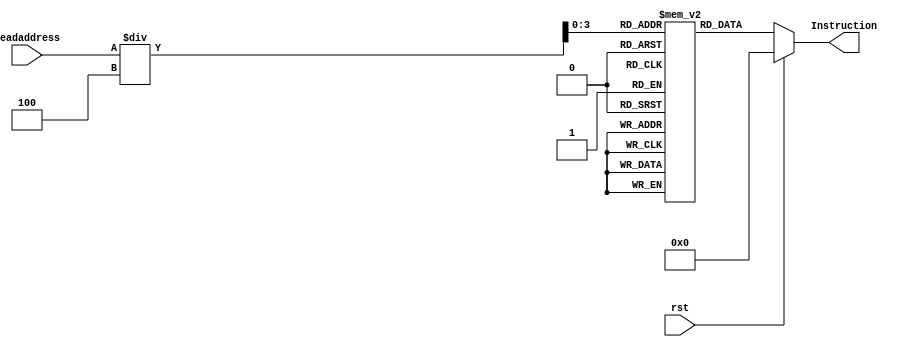
`timescale 1ns / 1ps
//////////////////////////////////////////////////////////////////////////////////
// Company: 
// Engineer: 
// 
// Design Name: 
// Module Name: Instruction_Mem
// Project Name: 
// Target Devices: 
// Tool Versions: 
// Description: 
// 
// Dependencies: 
// 
// Revision:
// Revision 0.01 - File Created
// Additional Comments:
// 
//////////////////////////////////////////////////////////////////////////////////
module Instruction_Mem(Readaddress,Instruction,rst);
input rst;
input [31:0] Readaddress;
output  [31:0] Instruction;
reg [31:0] IM [15:0];

//initial begin
//     $readmemh("memfile.hex",IM);
//end
initial begin
IM[0] = 32'h00000000;
IM[1] = 32'h00500293;
IM[2] = 32'h00300313;
IM[3] = 32'h006283B3;
IM[4] = 32'h00002403;
IM[5] = 32'h00100493;
IM[6] = 32'h00940533;
end
assign Instruction = (rst==1'b1) ? (32'h00000000): IM[(Readaddress)/4];
endmodule